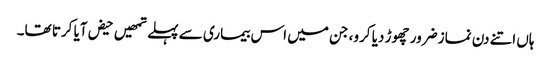
ہاں اتنے دن نماز ضرور چھوڑ دیا کرو، جن میں اس بیماری سے پہلے تمھیں حیض آیا کرتا تھا۔